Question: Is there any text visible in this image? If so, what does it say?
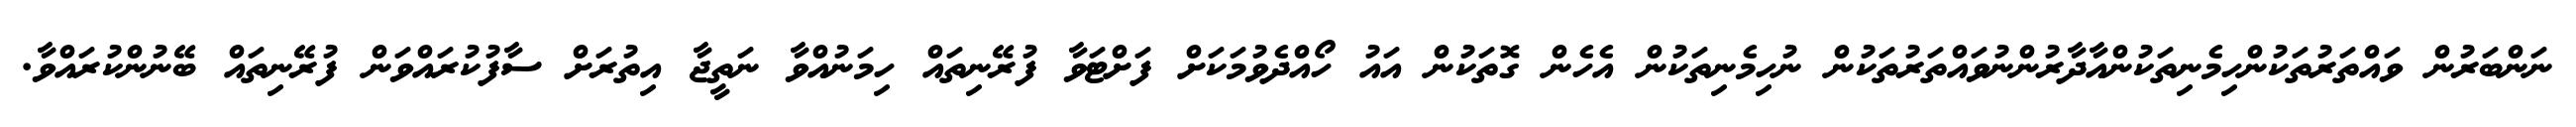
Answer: ނަންބަރުން ވައްތަރުތަކުންހިމެނިތަކުންއާދާރުންނުވައްތަރުތަކުން ނުހިމެނިތަކުން އެހެން ގޮތަކުން އައު ހޯއްދެވުމަކަށް ފަށްޓަވާ ފުރޭނިތައް ހިމަނުއްވާ ނަތީޖާ އިތުރަށް ސާފުކުރައްވަން ފުރޭނިތައް ބޭނުންކުރައްވާ.